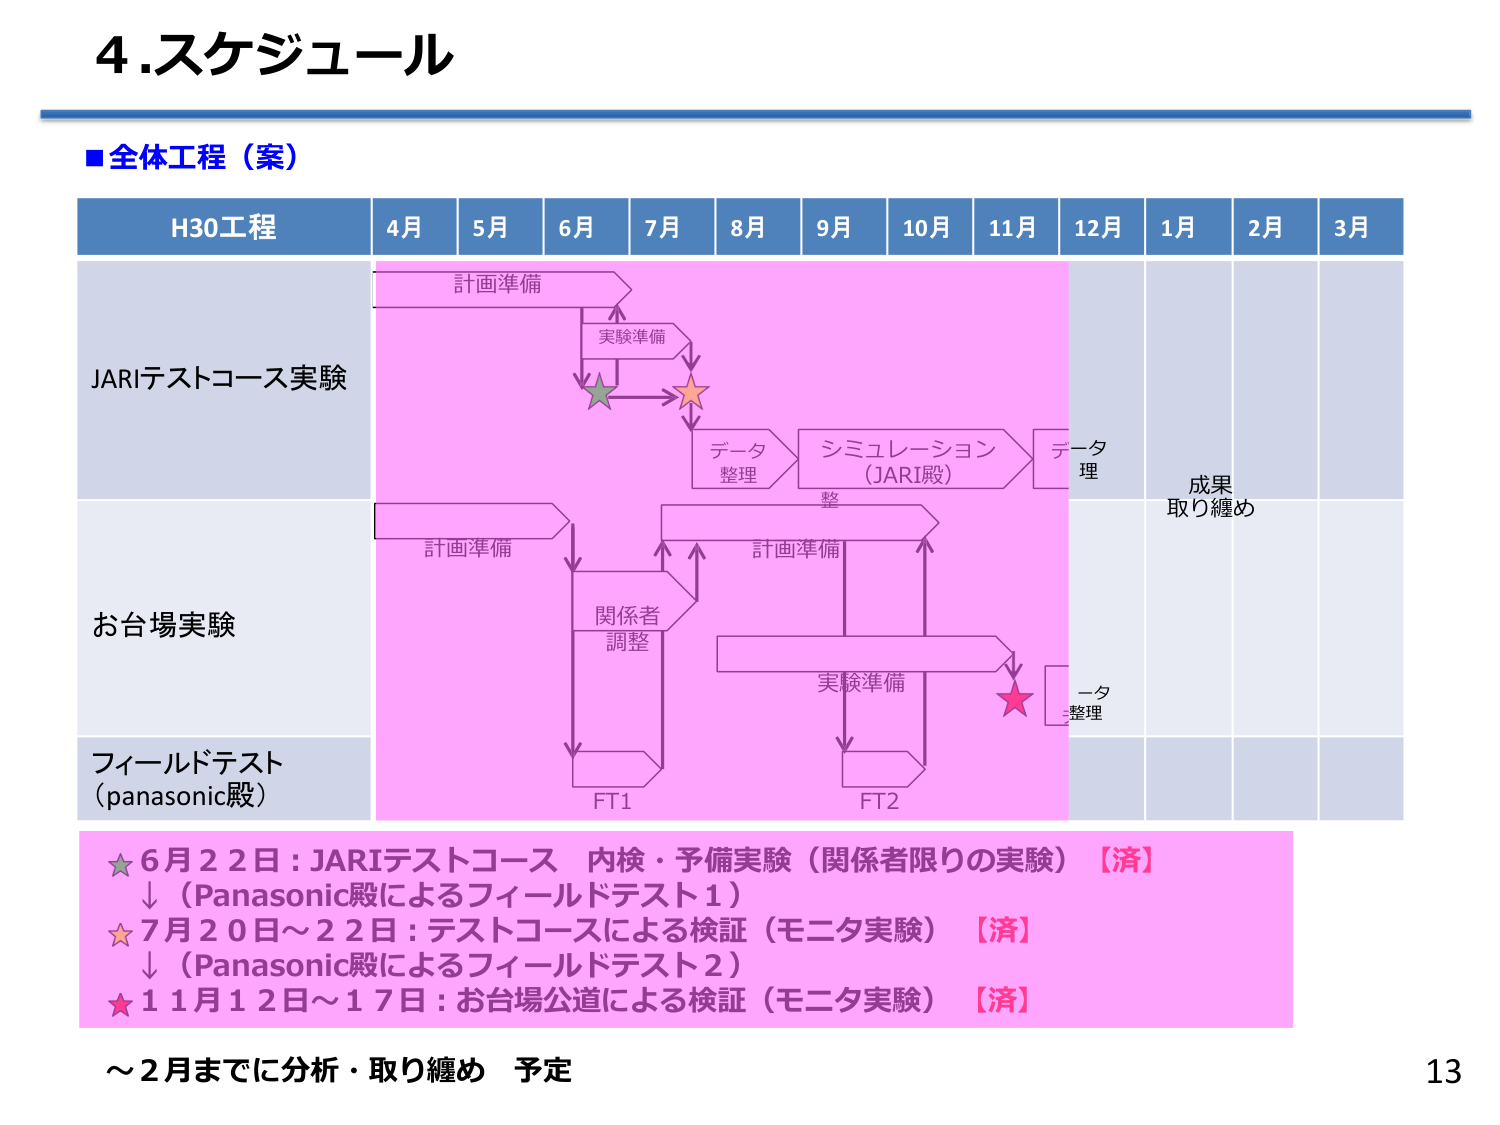
4.スケジュール

■全体工程（案）

H30工程 4月 5月 6月 7月 8月 9月 10月 11月 12月 1月 2月 3月

JARIテストコース実験
計画準備
実験準備
データ整理
シミュレーション（JARI殿）
データ整理
成果取り纏め

お台場実験
計画準備
関係者調整
計画準備
実験準備
データ整理

フィールドテスト（panasonic殿）
FT1
FT2

★6月22日：JARIテストコース 内検・予備実験（関係者限りの実験）【済】
↓（Panasonic殿によるフィールドテスト1）
★7月20日～22日：テストコースによる検証（モニタ実験）【済】
↓（Panasonic殿によるフィールドテスト2）
★11月12日～17日：お台場公道による検証（モニタ実験）【済】

～2月までに分析・取り纏め 予定

13